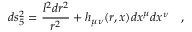
d s _ { 5 } ^ { 2 } = { \frac { l ^ { 2 } d r ^ { 2 } } { r ^ { 2 } } } + h _ { \mu \nu } ( r , x ) d x ^ { \mu } d x ^ { \nu } ~ ~ ~ ,